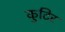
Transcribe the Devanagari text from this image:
कुटिर